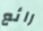
رائع